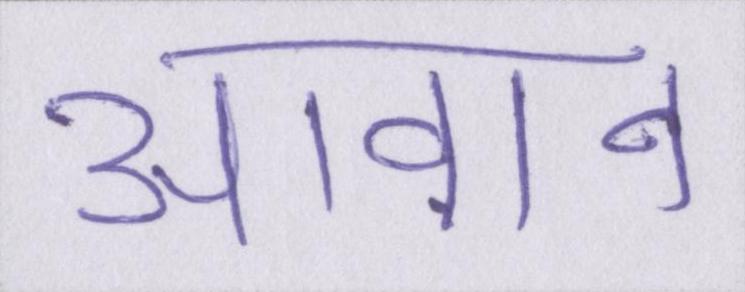
आवान